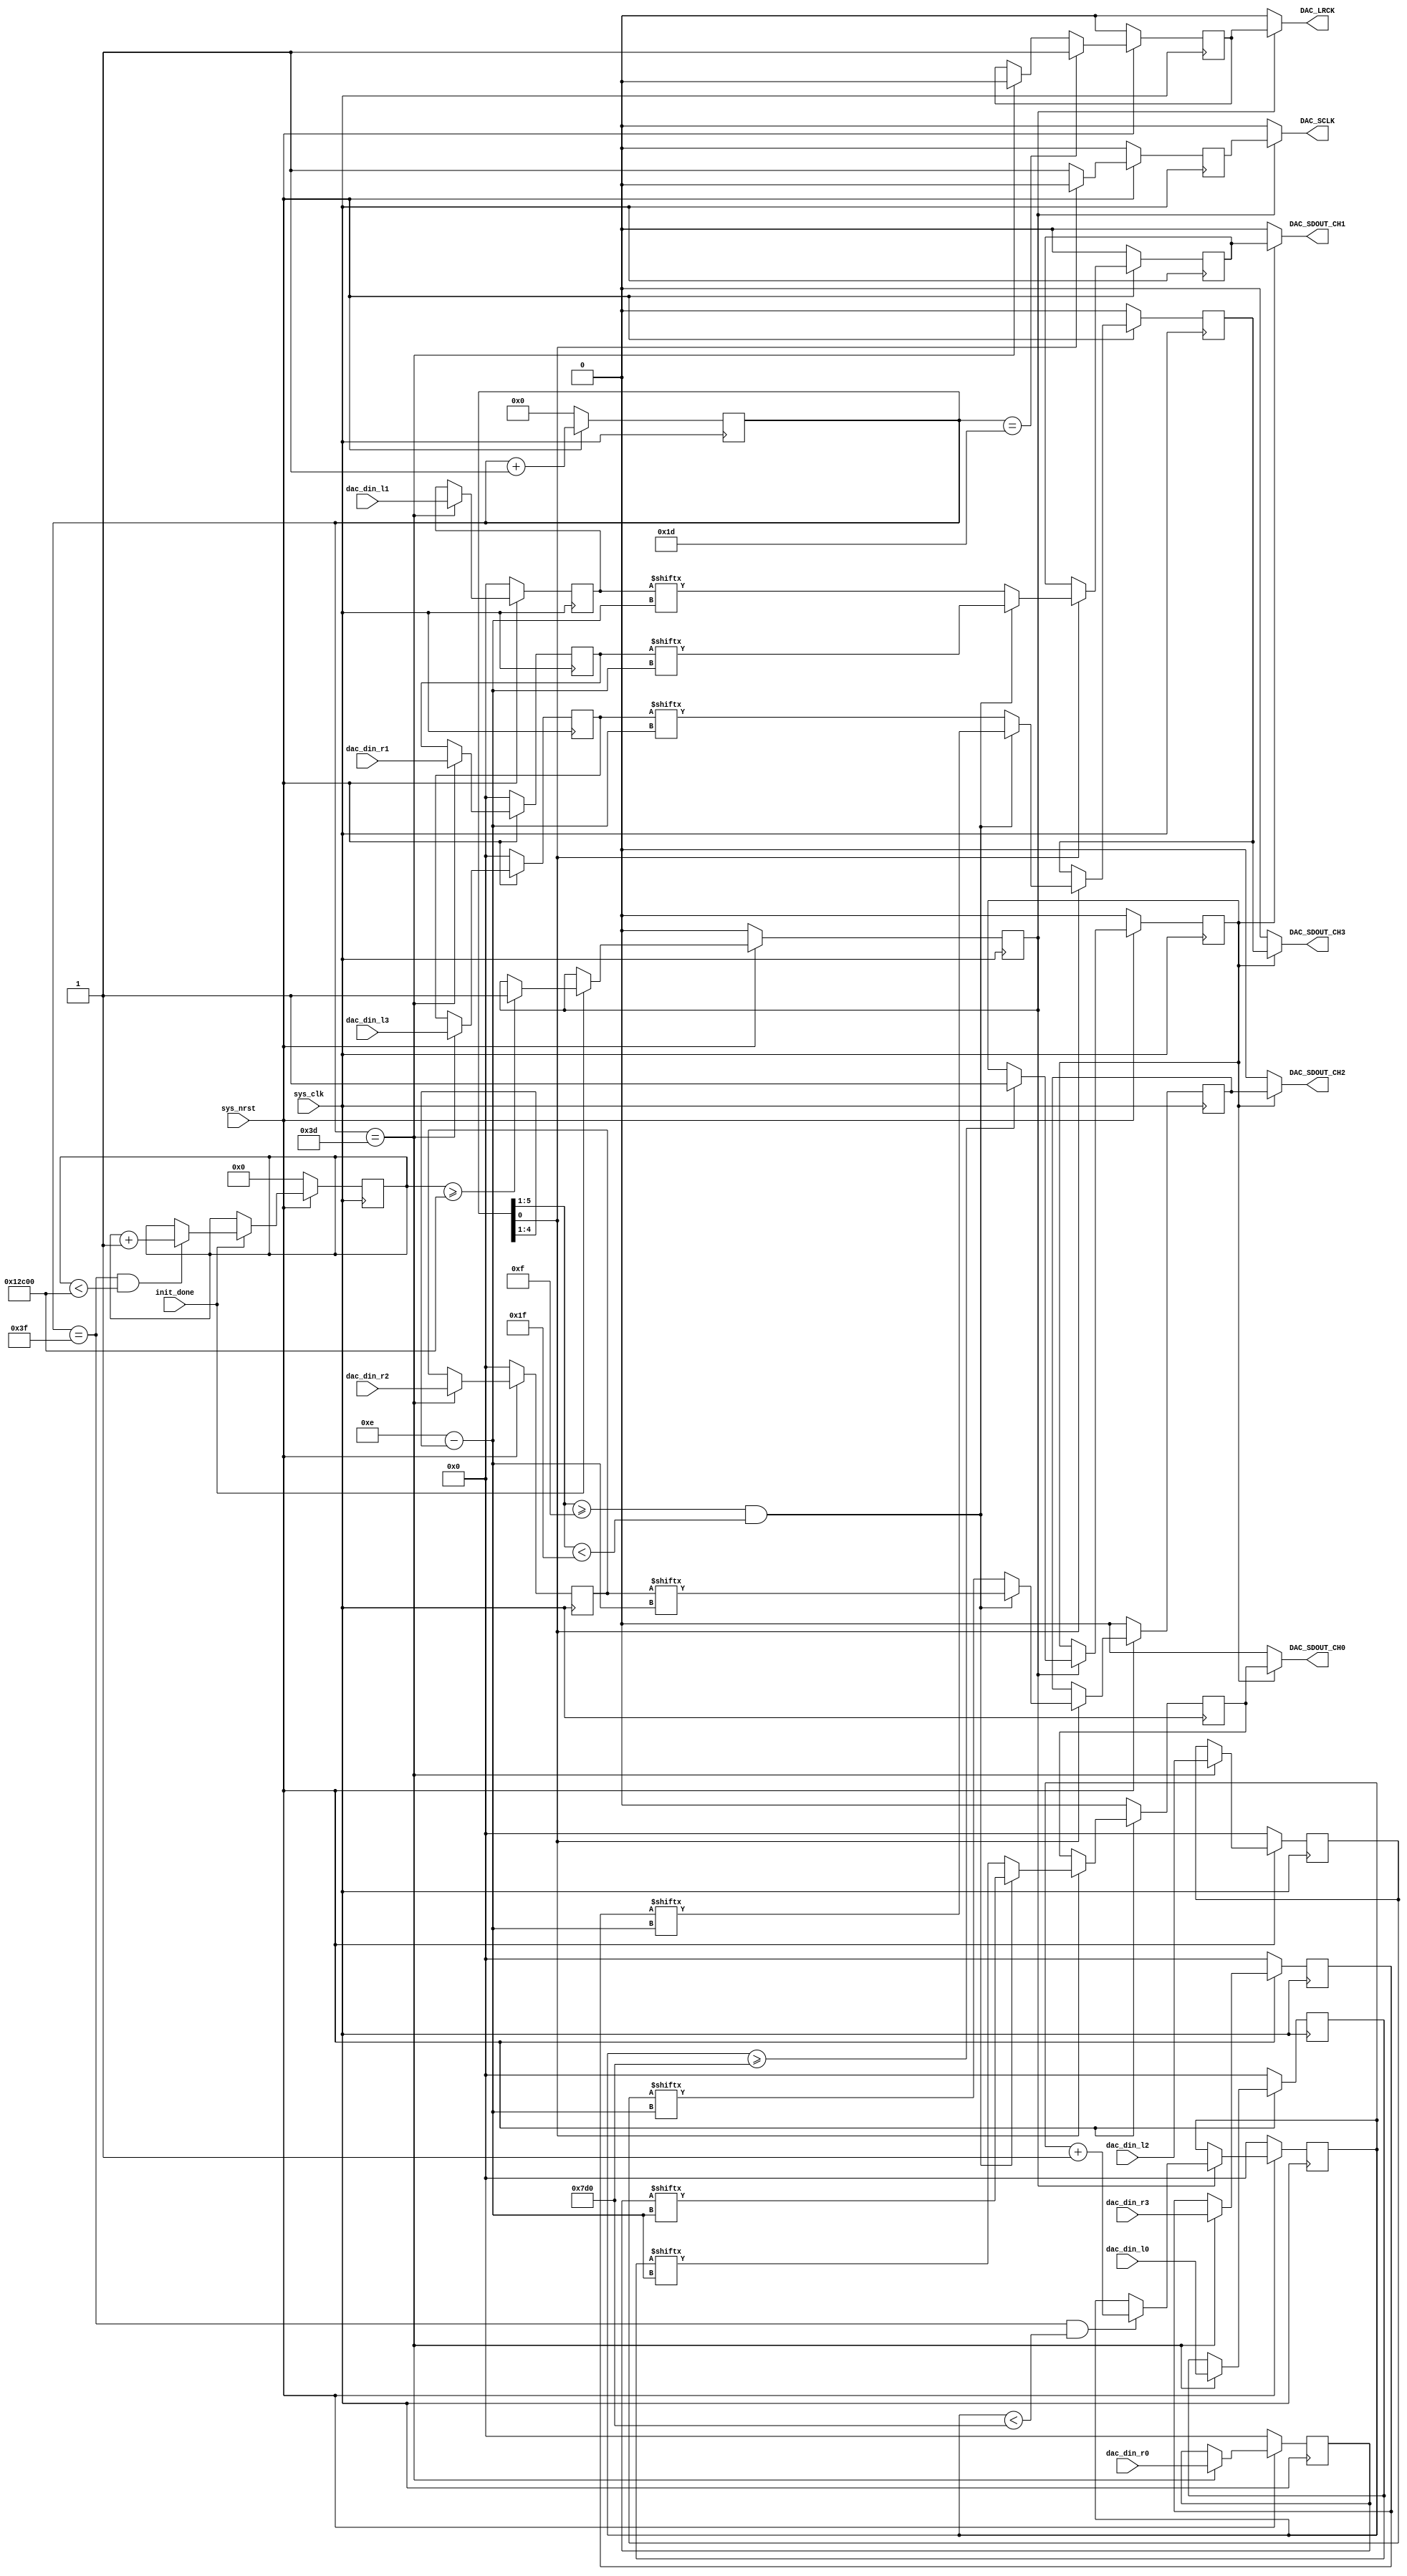
// =====================================================================
//  ____         _                 ____                      
// | __ )  _ __ (_)  __ _  _ __   / ___|  _   _  _ __    ___ 
// |  _ \ | '__|| | / _` || '_ \  \___ \ | | | || '_ \  / _ \
// | |_) || |   | || (_| || | | |  ___) || |_| || | | ||  __/
// |____/ |_|   |_| \__,_||_| |_| |____/  \__,_||_| |_| \___|
// 
// =====================================================================


`timescale 1ns / 1ps

module cs42448_dac (
	
	input				sys_clk,
	input				sys_nrst,
	
	input				init_done,
	
	input	[15 : 0]	dac_din_l0,
	input	[15 : 0]	dac_din_r0,
	input	[15 : 0]	dac_din_l1,
	input	[15 : 0]	dac_din_r1,
	input	[15 : 0]	dac_din_l2,
	input	[15 : 0]	dac_din_r2,
	input	[15 : 0]	dac_din_l3,
	input	[15 : 0]	dac_din_r3,
	
	// Output to CS4344
	output				DAC_SDOUT_CH0,
	output				DAC_SDOUT_CH1,
	output				DAC_SDOUT_CH2,
	output				DAC_SDOUT_CH3,
	
	output				DAC_SCLK,
	output				DAC_LRCK
);
	
	// Register used internally
	reg		[5 : 0]			dac_divider;
	wire	[3 : 0]			shift_bit;
	
	reg						sclk_r;
	reg						lrck_r;
	
	reg						sdin_r0;
	reg						sdin_r1;
	reg						sdin_r2;
	reg						sdin_r3;
	
	reg		[19 : 0]	startup_delay;
	reg		[15 : 0]	startup_delay2;
	reg					all_ready;
	reg					all_ready2;
	
	always@(posedge sys_clk)begin
		if(!sys_nrst)begin
			startup_delay <= 'd0;
			all_ready <= 1'b0;
		end else if(init_done)begin
			if(dac_divider == 'd63 && startup_delay < 'd76800)
				startup_delay <= startup_delay + 'd1;
			if(startup_delay >= 'd76800)
				all_ready <= 1'b1;
		end
	end
	
	always@(posedge sys_clk)begin
		if(!sys_nrst)begin
			startup_delay2 <= 'd0;
			all_ready2 <= 1'b0;
		end else if(all_ready)begin
			if(dac_divider == 'd63 && startup_delay2 < 'd2000)
				startup_delay2 <= startup_delay2 + 'd1;
			if(startup_delay2 >= 'd2000)
				all_ready2 <= 1'b1;
		end
	end
	
	always@(posedge sys_clk)begin
		if(!sys_nrst)begin
			dac_divider <= 'd0;
		end else begin
			dac_divider <= dac_divider + 'd1;
		end
	end
	
	always@(posedge sys_clk)begin
		if(!sys_nrst)begin
			lrck_r <= 1'b0;
		end else begin
			if(dac_divider == 'd29)
				lrck_r <= 1'b1;
			else if(dac_divider == 'd61)
				lrck_r <= 1'b0;
		end
	end
	
	
	always@(posedge sys_clk)begin
		if(!sys_nrst)begin
			sclk_r <= 1'b0;
		end else begin
			if(!dac_divider[0])
				sclk_r <= 1'b1;
			else
				sclk_r <= 1'b0;
		end
	end
	
	reg		[15 : 0]	dac_din_l0_r;
	reg		[15 : 0]	dac_din_r0_r;
	reg		[15 : 0]	dac_din_l1_r;
	reg		[15 : 0]	dac_din_r1_r;
	reg		[15 : 0]	dac_din_l2_r;
	reg		[15 : 0]	dac_din_r2_r;
	reg		[15 : 0]	dac_din_l3_r;
	reg		[15 : 0]	dac_din_r3_r;
	
	always@(posedge sys_clk)begin
		if(!sys_nrst)begin
			dac_din_l0_r <= 'd0;
			dac_din_r0_r <= 'd0;
			dac_din_l1_r <= 'd0;
			dac_din_r1_r <= 'd0;
			dac_din_l2_r <= 'd0;
			dac_din_r2_r <= 'd0;
			dac_din_l3_r <= 'd0;
			dac_din_r3_r <= 'd0;
		end else if(dac_divider == 'd61)begin
			dac_din_l0_r <= dac_din_l0;
			dac_din_r0_r <= dac_din_r0;
			dac_din_l1_r <= dac_din_l1;
			dac_din_r1_r <= dac_din_r1;
			dac_din_l2_r <= dac_din_l2;
			dac_din_r2_r <= dac_din_r2;
			dac_din_l3_r <= dac_din_l3;
			dac_din_r3_r <= dac_din_r3;
		end
	end
	
	assign shift_bit = 'd14 - dac_divider[4 : 1];
	
	always@(posedge sys_clk)begin
		if(!sys_nrst)begin
			sdin_r0 <= 1'b0;
			sdin_r1 <= 1'b0;
			sdin_r2 <= 1'b0;
			sdin_r3 <= 1'b0;
		end else if(dac_divider[0])begin
			if(dac_divider[5 : 1] >= 'd15 && dac_divider[5 : 1] < 'd31)begin
				sdin_r0 <= dac_din_r0_r[shift_bit];
				sdin_r1 <= dac_din_r1_r[shift_bit];
				sdin_r2 <= dac_din_r2_r[shift_bit];
				sdin_r3 <= dac_din_r3_r[shift_bit];
			end else begin
				sdin_r0 <= dac_din_l0_r[shift_bit];
				sdin_r1 <= dac_din_l1_r[shift_bit];
				sdin_r2 <= dac_din_l2_r[shift_bit];
				sdin_r3 <= dac_din_l3_r[shift_bit];
			end
		end
	end
	
	assign DAC_SCLK = (all_ready) ? sclk_r : 1'b0;
	assign DAC_LRCK = (all_ready) ? lrck_r : 1'b0;
	
	assign DAC_SDOUT_CH0 = (all_ready2) ? sdin_r0 : 1'b0;
	assign DAC_SDOUT_CH1 = (all_ready2) ? sdin_r1 : 1'b0;
	assign DAC_SDOUT_CH2 = (all_ready2) ? sdin_r2 : 1'b0;
	assign DAC_SDOUT_CH3 = (all_ready2) ? sdin_r3 : 1'b0;
	
endmodule